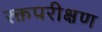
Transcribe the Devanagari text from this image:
रक्तपरीक्षण